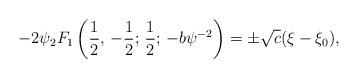
LaTeX: \begin{align*}-2\psi{_{2}F_{1}}\left({1\over2},\,-{1\over2};\,{1\over2};\,-b\psi^{-2}\right)=\pm\sqrt{c}(\xi-\xi_0),\end{align*}